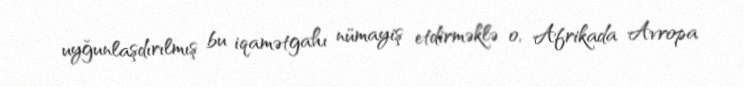
uyğunlaşdırılmış bu iqamətgahı nümayiş etdirməklə o, Afrikada Avropa